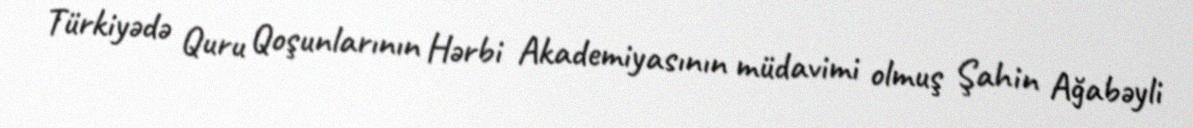
Türkiyədə Quru Qoşunlarının Hərbi Akademiyasının müdavimi olmuş Şahin Ağabəyli